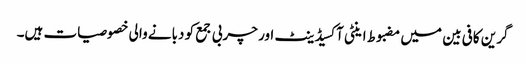
گرین کافی بین میں مضبوط اینٹی آکسیڈینٹ اور چربی جمع کو دبانے والی خصوصیات ہیں۔